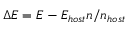
\Delta E = E - E _ { h o s t } n / n _ { h o s t }